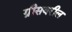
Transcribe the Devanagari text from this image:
ग्रीसवरील